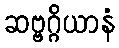
ဆဗ္ဗဂ္ဂိယာနံ